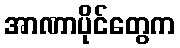
အာဏာပိုင်တွေက